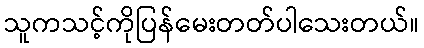
သူကသင့်ကိုပြန်မေးတတ်ပါသေးတယ်။